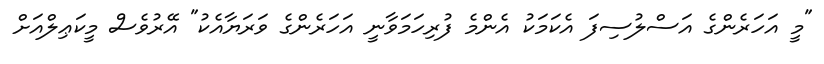
"މީ އަހަރެންގެ އަސްލުސިފަ އެކަމަކު އެންމެ ފުރިހަމަވާނީ އަހަރެންގެ ވަރަޔާއެކު" އޭރުވެސް މީކަޢިލްއަށް